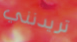
تريدنني